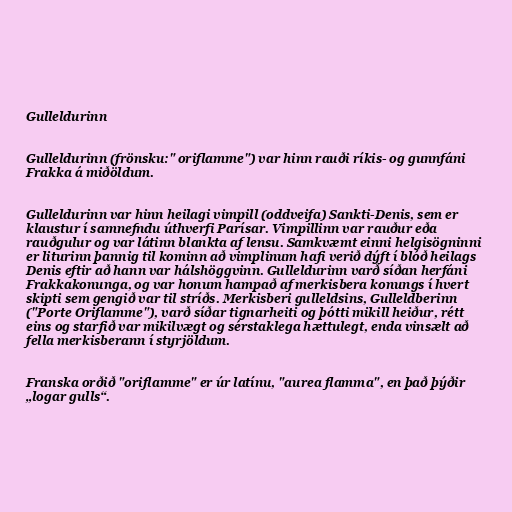
Gulleldurinn

Gulleldurinn (frönsku:" oriflamme") var hinn rauði ríkis- og gunnfáni
Frakka á miðöldum.

Gulleldurinn var hinn heilagi vimpill (oddveifa) Sankti-Denis, sem er
klaustur í samnefndu úthverfi Parísar. Vimpillinn var rauður eða
rauðgulur og var látinn blankta af lensu. Samkvæmt einni helgisögninni
er liturinn þannig til kominn að vimplinum hafi verið dýft í blóð heilags
Denis eftir að hann var hálshöggvinn. Gulleldurinn varð síðan herfáni
Frakkakonunga, og var honum hampað af merkisbera konungs í hvert
skipti sem gengið var til stríðs. Merkisberi gulleldsins, Gulleldberinn
("Porte Oriflamme"), varð síðar tignarheiti og þótti mikill heiður, rétt
eins og starfið var mikilvægt og sérstaklega hættulegt, enda vinsælt að
fella merkisberann í styrjöldum.

Franska orðið "oriflamme" er úr latínu, "aurea flamma", en það þýðir
„logar gulls“.